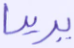
يريدا